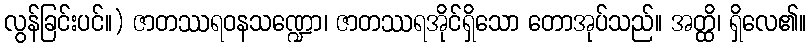
လွန်ခြင်းပင်။) ဇာတဿရဝနသဏ္ဍော၊ ဇာတဿရအိုင်ရှိသော တောအုပ်သည်။ အတ္ထိ၊ ရှိလေ၏။